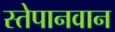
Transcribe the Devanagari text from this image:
स्तेपानवान